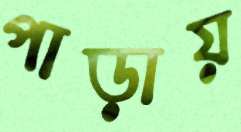
পাড়ায়